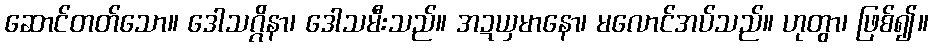
ဆောင်တတ်သော။ ဒေါသဂ္ဂိနာ၊ ဒေါသမီးသည်။ အဍယှမာနော၊ မလောင်အပ်သည်။ ဟုတွာ၊ ဖြစ်၍။